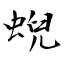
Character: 蜺